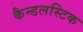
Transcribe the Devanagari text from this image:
कैन्डलस्टिक